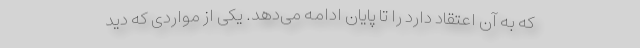
که به آن اعتقاد دارد را تا پایان ادامه می‌دهد. یکی از مواردی که دید